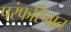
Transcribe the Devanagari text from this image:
परंफरिनात